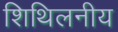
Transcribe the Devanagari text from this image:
शिथिलनीय